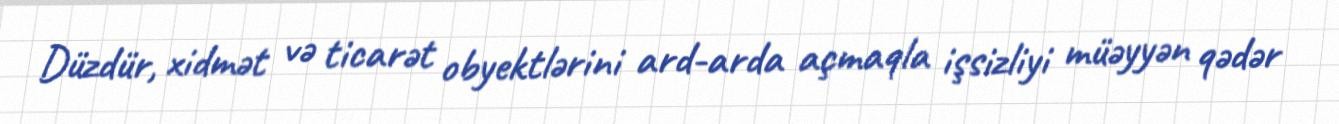
Düzdür, xidmət və ticarət obyektlərini ard-arda açmaqla işsizliyi müəyyən qədər